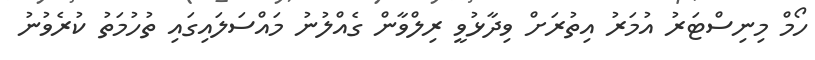
ހޯމް މިނިސްޓަރު އުމަރު އިތުރަށް ވިދާޅުވީ ރިލްވާން ގެއްލުނު މައްސަލައިގައި ތުހުމަތު ކުރެވުނު